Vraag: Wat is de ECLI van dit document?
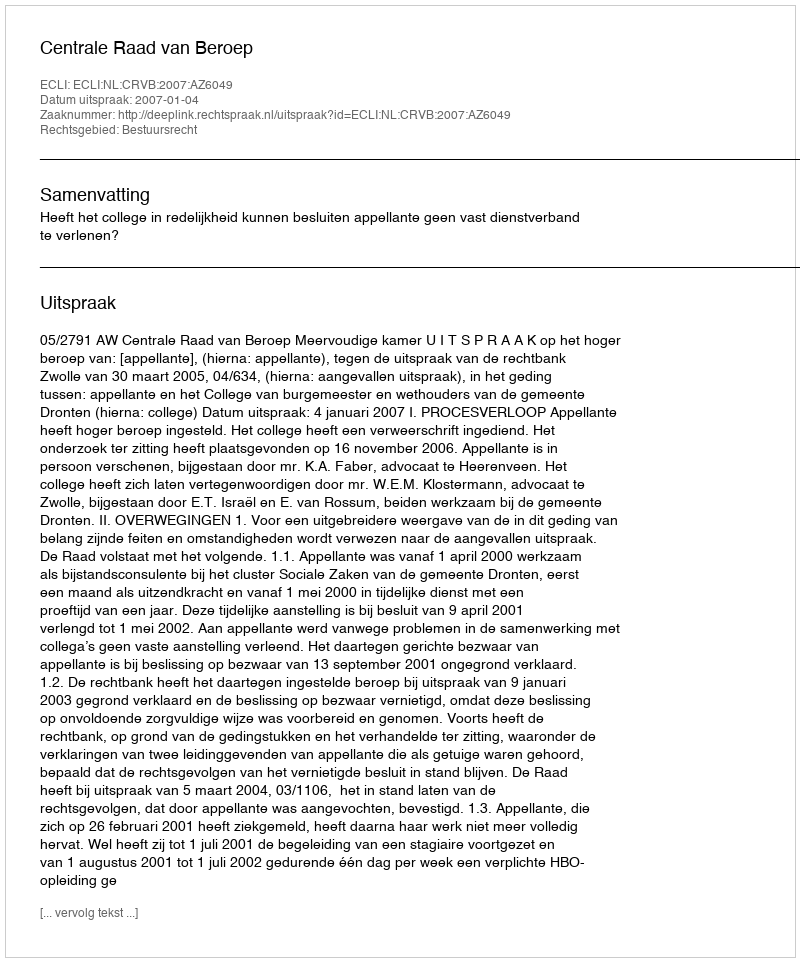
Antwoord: ECLI:NL:CRVB:2007:AZ6049